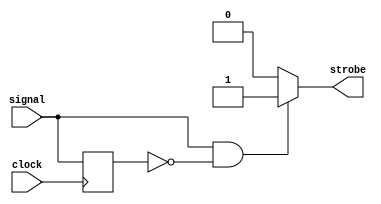
module posedgetrigger (
		input clock,
		input signal,
		output strobe);

	//Compares value with value last clock tick to detect rising edge
	//Produces a 1 tick strobe

	reg signal_last;
	
	always @(posedge clock) begin
			signal_last <= signal;
	end
	
	assign strobe = (signal && ~signal_last)? 1'b1:1'b0;
	
endmodule